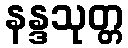
နန္ဒသုတ္တ